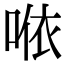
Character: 𠵱